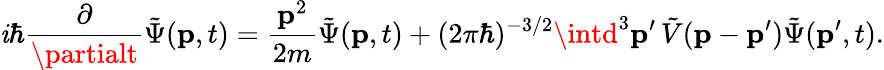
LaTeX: \mathit{i}\hbar{\frac{{\partial}}{{\partialt}}}{\tilde{{\Psi}}}(\mathbf{{p}},t)={\frac{{\mathbf{{p}}^{2}}}{{2m}}}{\tilde{{\Psi}}}(\mathbf{{p}},t)+(2\pi\hbar)^{-3/2}\intd^{3}\mathbf{{p}}^{\prime}\, {\tilde{{V}}}(\mathbf{{p}}-\mathbf{{p}}^{\prime}){\tilde{{\Psi}}}(\mathbf{{p}}^{\prime},t).